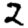
Digit: 2